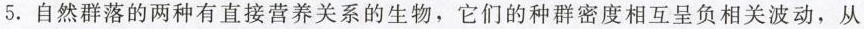
5.自然群落的两种有直接营养关系的生物，它们的种群密度相互呈负相关波动，从